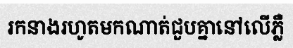
រកនាងរហូតមកណាត់ជួបគ្នានៅលើភ្លឺ